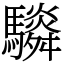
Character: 䮼